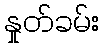
နှုတ်ခမ်း